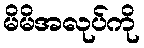
မိမိအလုပ်ကို